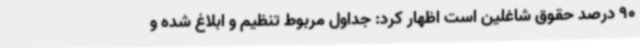
90 درصد حقوق شاغلین است اظهار کرد: جداول مربوط تنظیم و ابلاغ شده و